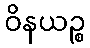
ဝိနယဉ္စ